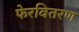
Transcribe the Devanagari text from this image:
फेरवितरण